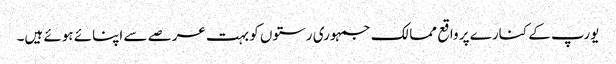
یورپ کے کنارے پر واقع ممالک جمہوری رستوں کو بہت عرصے سے اپنائے ہوئے ہیں۔